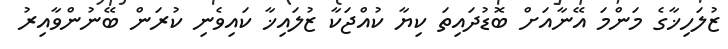
ޒުލަހިޚާގެ މަންމަ އޭނާއަށް ބޮޑުދައިތަ ކިޔާ ކުއްޖަކާ ޒުލައިޚާ ކައިވެނި ކުރަން ބޭނުންވާއިރު